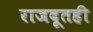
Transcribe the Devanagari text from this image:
राजदूतही